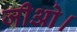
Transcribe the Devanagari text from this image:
जीओ।